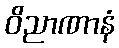
ဝိညာဏာနံ